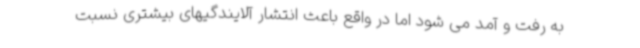
به رفت و آمد می شود اما در واقع باعث انتشار آلایندگیهای بیشتری نسبت